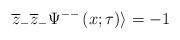
LaTeX: \begin{align*}\overline{z}_{-}\overline{z}_{-}\Psi ^{--}\left( x;\tau \right) \rangle =-1\end{align*}